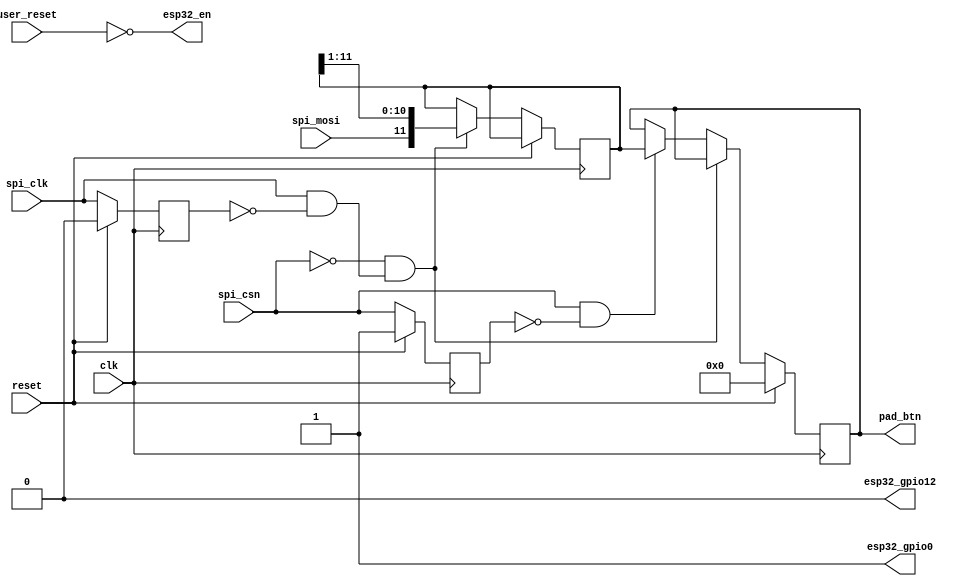
// esp32_spi_gamepad.v
//
// Copyright (C) 2020 Dan Rodrigues <danrr.gh.oss@gmail.com>
//
// SPDX-License-Identifier: MIT

`default_nettype none

module esp32_spi_gamepad #(
    parameter integer PAD_BUTTONS = 12
) (
    input clk,
    input reset,

    // ESP32 reset support

    input user_reset,
    output esp32_en,
    output esp32_gpio0,
    output esp32_gpio12,

    // SPI gamepad input

    input spi_csn,
    input spi_clk,
    input spi_mosi,

    output reg [PAD_BUTTONS - 1:0] pad_btn
);
    localparam PAD_WIDTH = PAD_BUTTONS - 1;

    // --- ESP32 resetting ---

    assign esp32_en = !user_reset;

    // ESP32 "strapping pins" for boot:
    // MTDI (GPIO12) apparently has pull down in ESP32 but still need this for whatever reason
    // Serial console shows ESP32 stuck in reset loop otherwise

    // GPIO0 = 1 (SPI flash boot, instead of serial bootloader)
    assign esp32_gpio0 = 1;

    // MTDI = 0 (VDD_SDIO = 3.3v, instead of 1.8v)
    assign esp32_gpio12 = 0;

    // --- SPI gamepad ---

    reg spi_clk_r;
    reg spi_csn_r;

    reg [PAD_WIDTH:0] receive_buffer;

    wire spi_csn_rose = spi_csn && !spi_csn_r;
    wire spi_csn_fell = !spi_csn && spi_csn_r;
    wire spi_clk_rose = spi_clk && !spi_clk_r;

    always @(posedge clk) begin
        if (reset) begin
            pad_btn <= 0;
            spi_clk_r <= 0;
            spi_csn_r <= 1;
        end else begin
            spi_clk_r <= spi_clk;
            spi_csn_r <= spi_csn;

            if (!spi_csn && spi_clk_rose) begin
                receive_buffer <= {spi_mosi, receive_buffer[PAD_WIDTH:1]};
            end else if (spi_csn_rose) begin
                pad_btn <= receive_buffer;
            end
        end
    end

endmodule